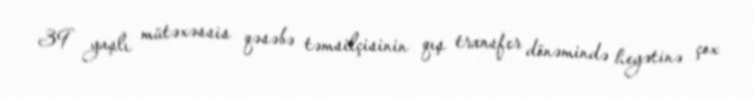
39 yaşlı mütəxəssis qəsəbə təmsilçisinin qış transfer dönəmində heyətinə çox